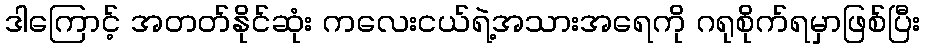
ဒါကြောင့် အတတ်နိုင်ဆုံး ကလေးငယ်ရဲ့အသားအရေကို ဂရုစိုက်ရမှာဖြစ်ပြီး